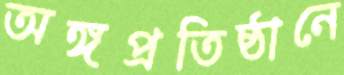
অঙ্গপ্রতিষ্ঠানে